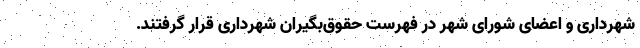
شهرداری و اعضای شورای شهر در فهرست حقوق‌بگیران شهرداری قرار گرفتند.